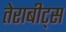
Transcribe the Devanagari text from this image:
तेराबीट्स